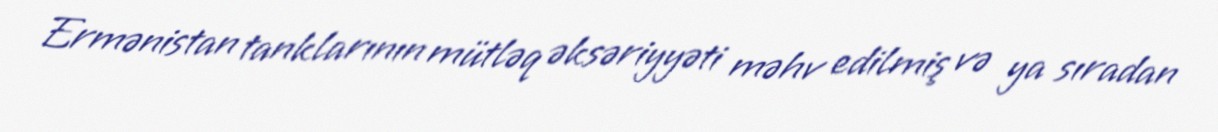
Ermənistan tanklarının mütləq əksəriyyəti məhv edilmiş və ya sıradan